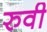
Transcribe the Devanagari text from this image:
रुवी